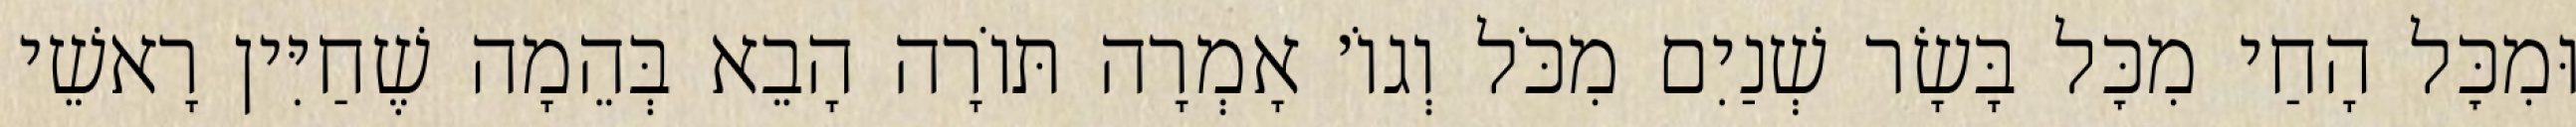
וּמִכׇּל הָחַי מִכׇּל בָּשָׂר שְׁנַיִם מִכֹּל וְגוֹ׳ אָמְרָה תּוֹרָה הָבֵא בְּהֵמָה שֶׁחַיִּין רָאשֵׁי